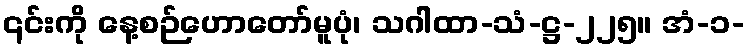
၎င်းကို နေ့စဉ်ဟောတော်မူပုံ၊ သဂါထာ-သံ-ဋ္ဌ-၂၂၅။ အံ-၁-